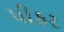
પીકર